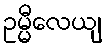
ဥမ္မီလေယျ